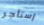
إستأجر